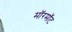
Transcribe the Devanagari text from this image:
मॉरमॉट